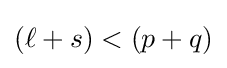
(\ell +s)<(p+q)